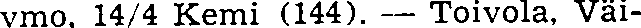
vmo. 144 Kemi (144). — Toivola, Väi-